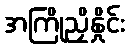
အကြိုညှိနှိုင်း